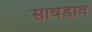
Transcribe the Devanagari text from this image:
सावडाव